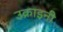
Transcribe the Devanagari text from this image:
उक्राइनी